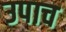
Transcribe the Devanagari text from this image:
उपाच